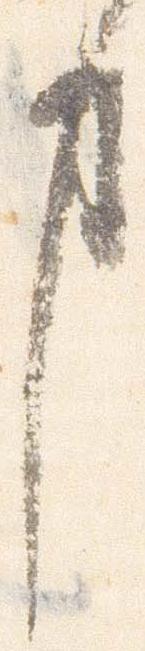
事